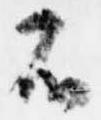
不